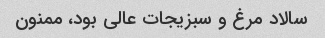
سالاد مرغ و سبزیجات عالی بود، ممنون